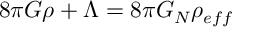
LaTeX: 8 \pi G \rho + \Lambda = 8 \pi G _ { N } \rho _ { e f f }